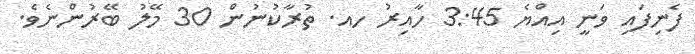
ފެނިފައި ވަނީ އިއްޔެ 3:45 ހާއިރު ހއ. ތުރާކުނުން 30 މޭލު ބޭރުންނެވެ.